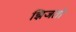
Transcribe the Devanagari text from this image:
झिजतो